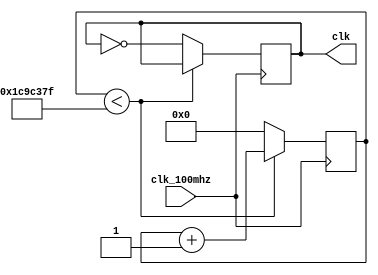
`timescale 1ns / 1ps
//////////////////////////////////////////////////////////////////////////////////
// Company: 
// Engineer: 
// 
// Design Name: 
// Module Name:    CLK1KHz 
// Project Name: 
// Target Devices: 
// Tool versions: 
// Description: 
//
// Dependencies: 
//
// Revision: 
// Revision 0.01 - File Created
// Additional Comments: 
//
//////////////////////////////////////////////////////////////////////////////////
module CLK1KHz(
   clk_100mhz,clk);

input clk_100mhz;
output clk;

// generate 1 kHz from 100 MHz
reg [28:0] count_reg = 0;
reg clk = 0;

always @(posedge clk_100mhz) begin

	
	begin
	  if (count_reg < 29999999) begin
			count_reg <= count_reg + 1;
	  end else begin
			count_reg <= 0;
			clk <= ~clk;
	  end
    end
end


endmodule